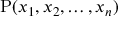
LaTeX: \operatorname { P } ( x _ { 1 } , x _ { 2 } , \ldots , x _ { n } )